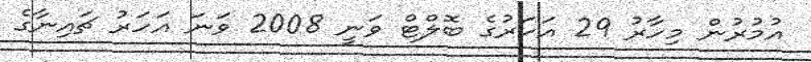
އުުމުރުން މިހާރު 29 އަހަރުގެ ބޮލްޓް ވަނީ 2008 ވަނަ އަހަރު ޗައިނާގެ